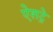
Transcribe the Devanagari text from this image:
ऐशट्रे